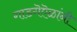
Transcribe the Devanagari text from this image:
गाडगॆऎळांनी